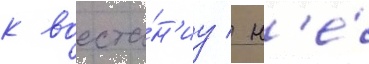
к восста́н'иу / н'е́